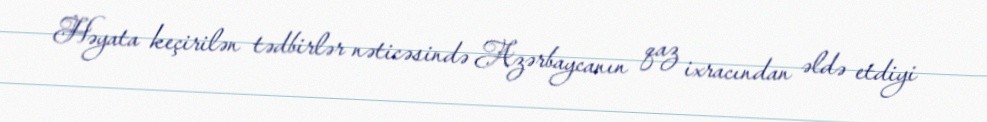
Həyata keçirilən tədbirlər nəticəsində Azərbaycanın qaz ixracından əldə etdiyi